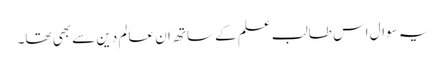
یہ سوال اس طالب علم کے ساتھ ان عالم دین سے بھی تھا۔